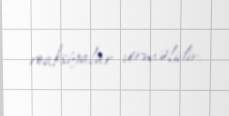
reaksiyalar verməlidir.